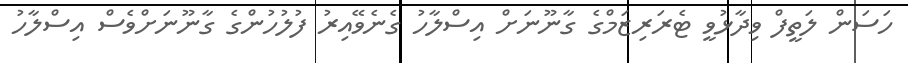
ހަސަން ލަތީފް ވިދާޅުވީ ޓެރަރިޒަމްގެ ގާނޫނަށް އިސްލާހު ގެނެވޭއިރު ފުލުހުންގެ ގާނޫނަށްވެސް އިސްލާހު